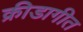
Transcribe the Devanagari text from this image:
क्रीडागीत